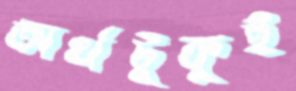
অর্থটুকুই